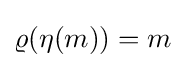
\varrho (\eta (m))=m